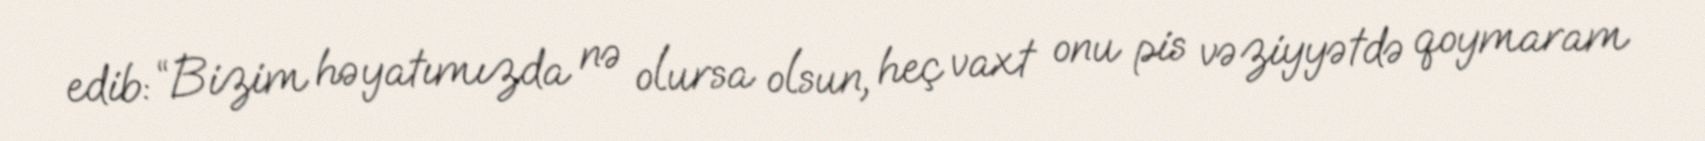
edib: “Bizim həyatımızda nə olursa olsun, heç vaxt onu pis vəziyyətdə qoymaram